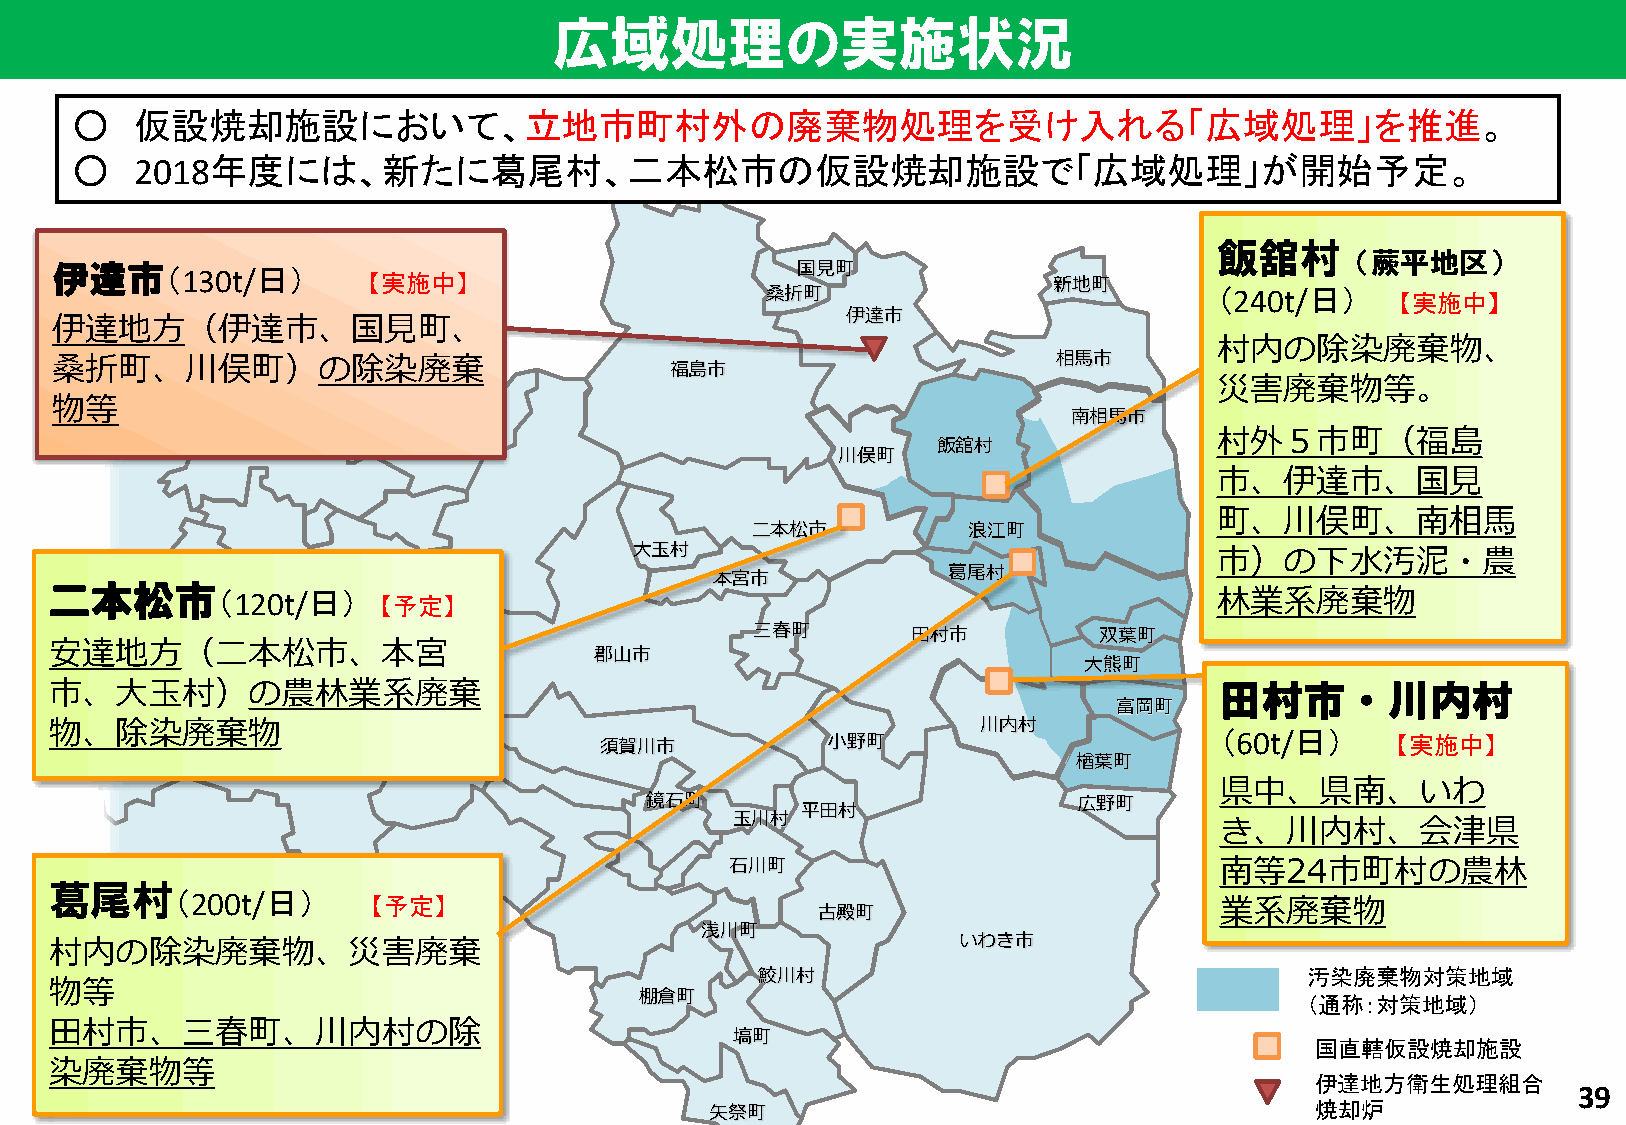
広域処理の実施状況
 ○   仮設焼却施設において、立地市町村外の廃棄物処理を受け入れる「広域処理」を推進。
 ○   2018年度には、新たに葛尾村、二本松市の仮設焼却施設で「広域処理」が開始予定。
 飯舘村
 （蕨平地区）
 伊達市（130t/日）
 【実施中】
 国見町
 新地町
 桑折町                          （240t/日）
 【実施中】
 伊達市
 伊達地方（伊達市、国見町、
 村内の除染廃棄物、
 桑折町、川俣町）の除染廃棄                                                      相馬市
 福島市
 災害廃棄物等。
 物等
 南相馬市
 村外５市町（福島
 飯舘村
 川俣町
 市、伊達市、国見
 町、川俣町、南相馬
 二本松市          浪江町
 大玉村                                   市）の下水汚泥・農
 本宮市             葛尾村
 二本松市       （120t/日）
 【予定】
 林業系廃棄物
 三春町       田村市          双葉町
 安達地方（二本松市、本宮
 郡山市
 大熊町
 市、大玉村）の農林業系廃棄                                                                 田村市・川内村
 富岡町
 物、除染廃棄物                                                       川内村
 須賀川市           小野町
 （60t/日）
 【実施中】
 楢葉町
 県中、県南、いわ
 鏡石町                         広野町
 平田村
 玉川村                              き、川内村、会津県
 石川町                              南等24市町村の農林
 葛尾村
 （200t/日）
 【予定】                                                    業系廃棄物
 古殿町
 浅川町
 村内の除染廃棄物、災害廃棄                                               いわき市
 鮫川村                                 汚染廃棄物対策地域
 物等
 棚倉町                                         （通称：対策地域）
 田村市、三春町、川内村の除
 塙町
 国直轄仮設焼却施設
 染廃棄物等
 伊達地方衛生処理組合
 39
 矢祭町                                     焼却炉